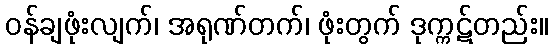
ဝန်ချဖုံးလျက်၊ အရုဏ်တက်၊ ဖုံးတွက် ဒုက္ကဋ်တည်း။